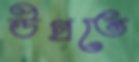
উগ্‌রতে